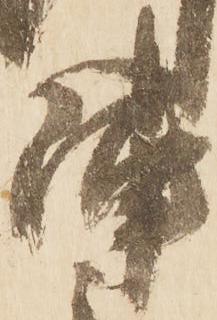
陣